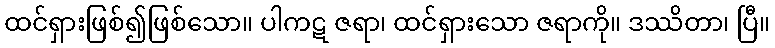
ထင်ရှားဖြစ်၍ဖြစ်သော။ ပါကဋ ဇရာ၊ ထင်ရှားသော ဇရာကို။ ဒဿိတာ၊ ပြီ။